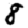
Digit: 8